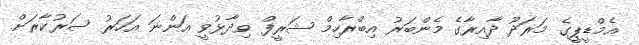
އެމްޑީޕީގެ މަރަދޫ ދާއިރާގެ މެންބަރު އިބްރާހިމް ޝަރީފް ވިދާޅުވީ އަންނަ އަހަރު ސަރުކާރަށް